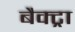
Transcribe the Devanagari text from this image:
बैक्ट्रा